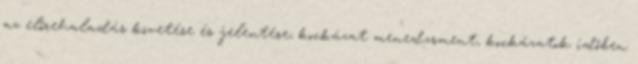
az előrehaladás követése és jelentése; kockázat menedzsment, kockázatok időben